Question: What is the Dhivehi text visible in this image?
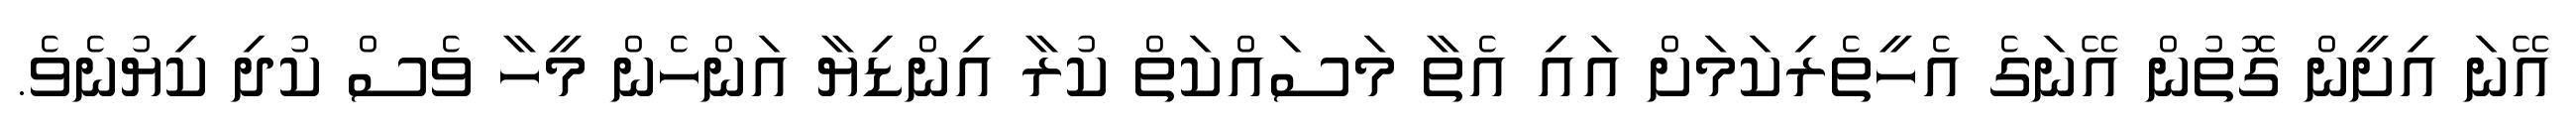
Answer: އޭނަ އިށީން ގޮތުން އޭނަގެ އެހީތެރިކަމަށް އައި އެތާ މަސައްކަތް ކުރާ އިންޑިޔާ އަންހެން މީހާ ވެސް ކުދި ކިޔުނެވެ.